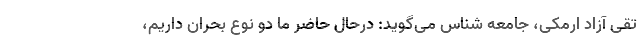
تقی آزاد ارمکی، جامعه شناس می‌گوید: درحال حاضر ما دو نوع بحران داریم،